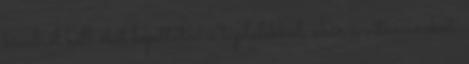
kívülről kell őket bejuttatni a táplálékkal, akár a vitaminokat.